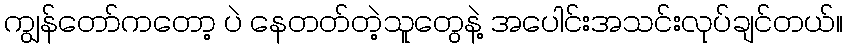
ကျွန်တော်ကတော့ ပဲ နေတတ်တဲ့သူတွေနဲ့ အပေါင်းအသင်းလုပ်ချင်တယ်။